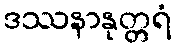
ဒဿနာနုတ္တရံ